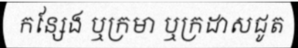
កន្សែង ឬក្រមា ឬក្រដាសជូត